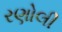
રણોલી